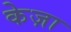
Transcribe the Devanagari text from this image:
केज़ा